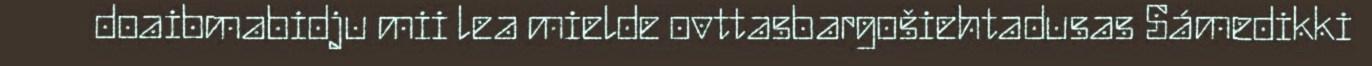
doaibmabidju mii lea mielde ovttasbargošiehtadusas Sámedikki